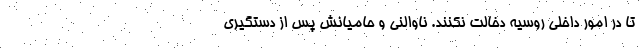
تا در امور داخلی روسیه دخالت نکنند. ناوالنی و حامیانش پس از دستگیری